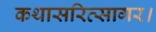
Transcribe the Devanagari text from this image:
कथासरित्सागर।